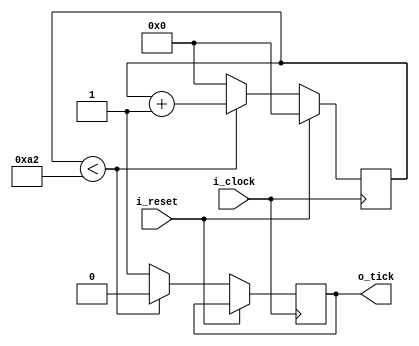
`timescale 1ns / 1ps
//////////////////////////////////////////////////////////////////////////////////
// Company: 
// Engineer: 
// 
// Design Name: 
// Module Name: Baud_rate_gen
// Project Name: 
// Target Devices: 
// Tool Versions: 
// Description: 
// 
// Dependencies: 
// 
// Revision:
// Revision 0.01 - File Created
// Additional Comments:
// 
//////////////////////////////////////////////////////////////////////////////////


module Baud_rate_gen#(
        //Parametros
        parameter BAUD_RATE    = 19200,
        parameter FREC_CLOCK_MHZ  = 50
    )
    (
        input   wire  i_clock,     
        input   wire  i_reset, 
        output  reg   o_tick
    );
    
    // Parametros locales
    localparam integer MODULO_CONTADOR = (FREC_CLOCK_MHZ * 1000000) / (BAUD_RATE * 16);
    
    // Registros
    reg [ $clog2 (MODULO_CONTADOR) - 1 : 0 ] reg_contador; //Buscar que hace... 

    always@( posedge i_clock) begin
         // Se resetean los registros.
        if (i_reset) begin
            reg_contador <= 0;
        end 
        else begin
            if (reg_contador < MODULO_CONTADOR) begin
                o_tick <= 0;
                reg_contador <= reg_contador + 1; //Se tiene que contar hasta que llegue al valor de modulo contador
            end
            else begin
                o_tick <= 1;
                reg_contador <= 0;
            end
        end
    end
 
endmodule